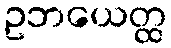
ဥဘယေတ္ထ